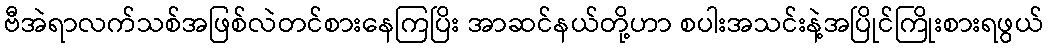
ဗီအဲရာလက်သစ်အဖြစ်လဲတင်စားနေကြပြိး အာဆင်နယ်တို့ဟာ စပါးအသင်းနဲ့အပြိုင်ကြိုးစားရဖွယ်